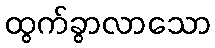
ထွက်ခွာလာသော